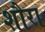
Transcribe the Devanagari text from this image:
शौरा